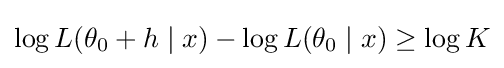
\log L(\theta _{0}+h\mid x)-\log L(\theta _{0}\mid x)\geq \log K